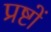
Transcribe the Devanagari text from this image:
प्रष्टों